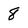
Character: 8